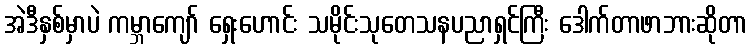
အဲဒီနှစ်မှာပဲ ကမ္ဘာကျော် ရှေးဟောင်း သမိုင်းသုတေသနပညာရှင်ကြီး ဒေါက်တာဖာဘားဆိုတာ